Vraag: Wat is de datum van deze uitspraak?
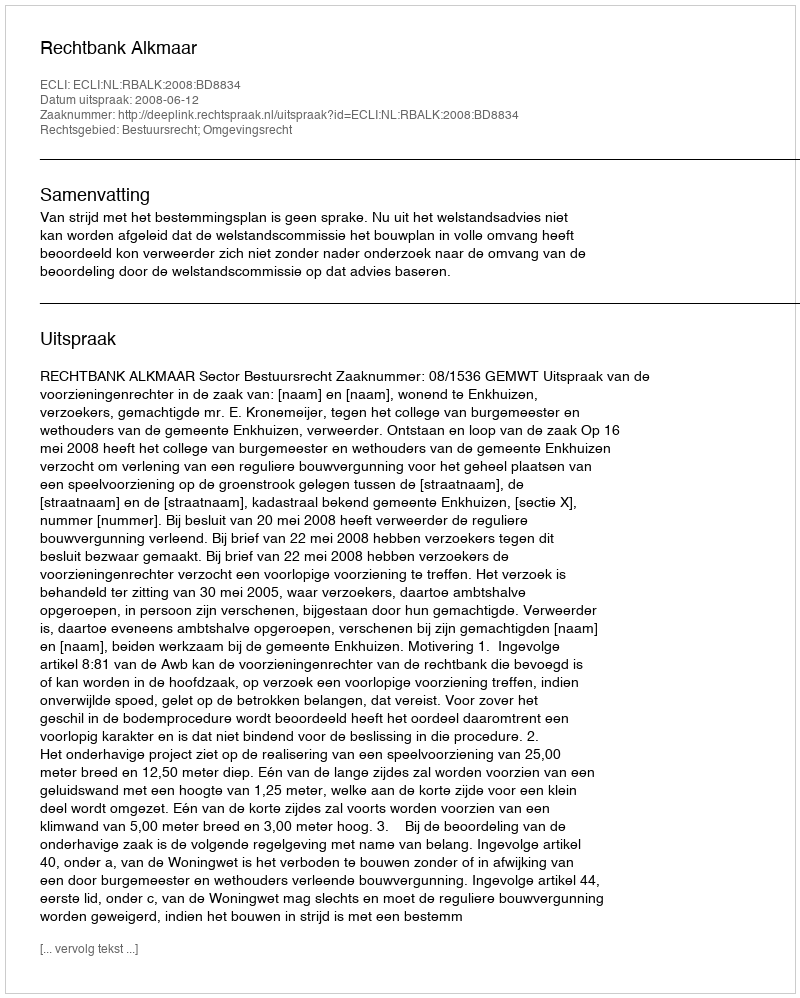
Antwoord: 2008-06-12